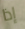
إذا